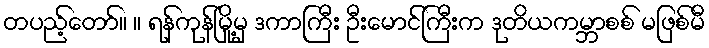
တပည့်တော်။ ။ ရန်ကုန်မြို့မှ ဒကာကြီး ဦးမောင်ကြီးက ဒုတိယကမ္ဘာစစ် မဖြစ်မီ